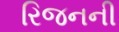
રિજનની